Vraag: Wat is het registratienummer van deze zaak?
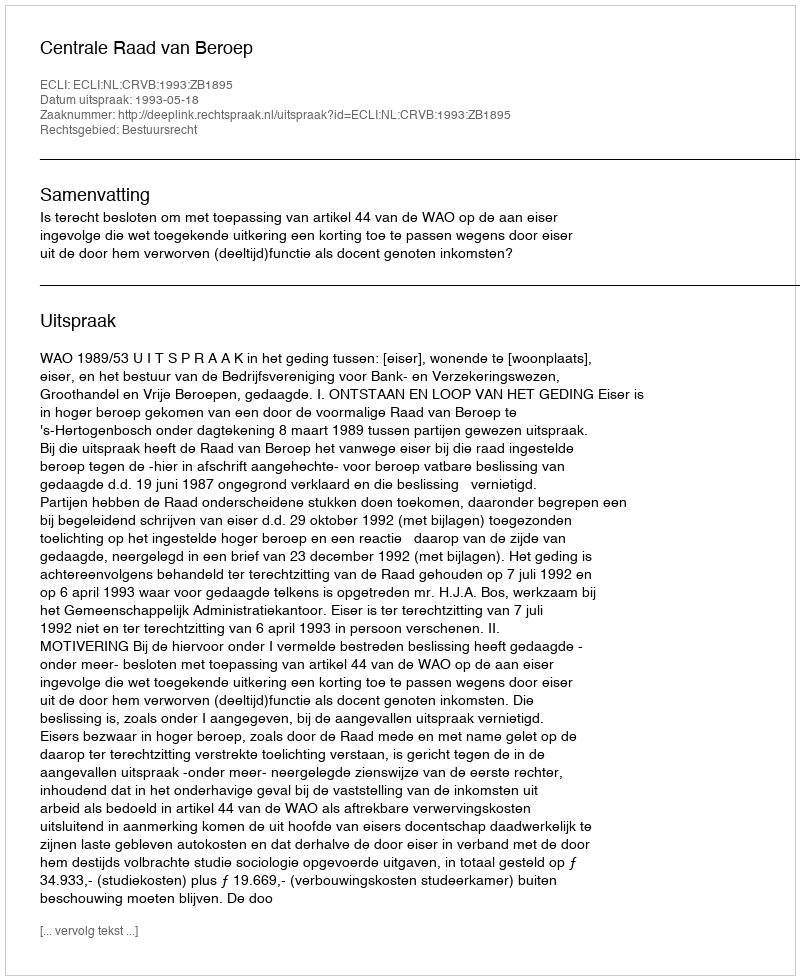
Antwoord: http://deeplink.rechtspraak.nl/uitspraak?id=ECLI:NL:CRVB:1993:ZB1895